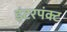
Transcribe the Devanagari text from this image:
इंटरपंक्ट